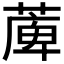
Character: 𦸣